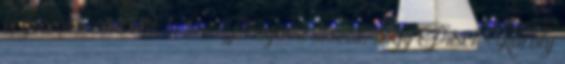
orgonássá nevezték ki ben Prágába utazott, hogy Pitsch Károly